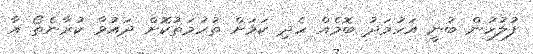
ފުލުހުން ބުނީ އަހުމަދު ބޮމެއް ހެދި ކަމަށް ތުހުމަތުކޮށް ދައުވާ ކުރާނެތޯ އާ